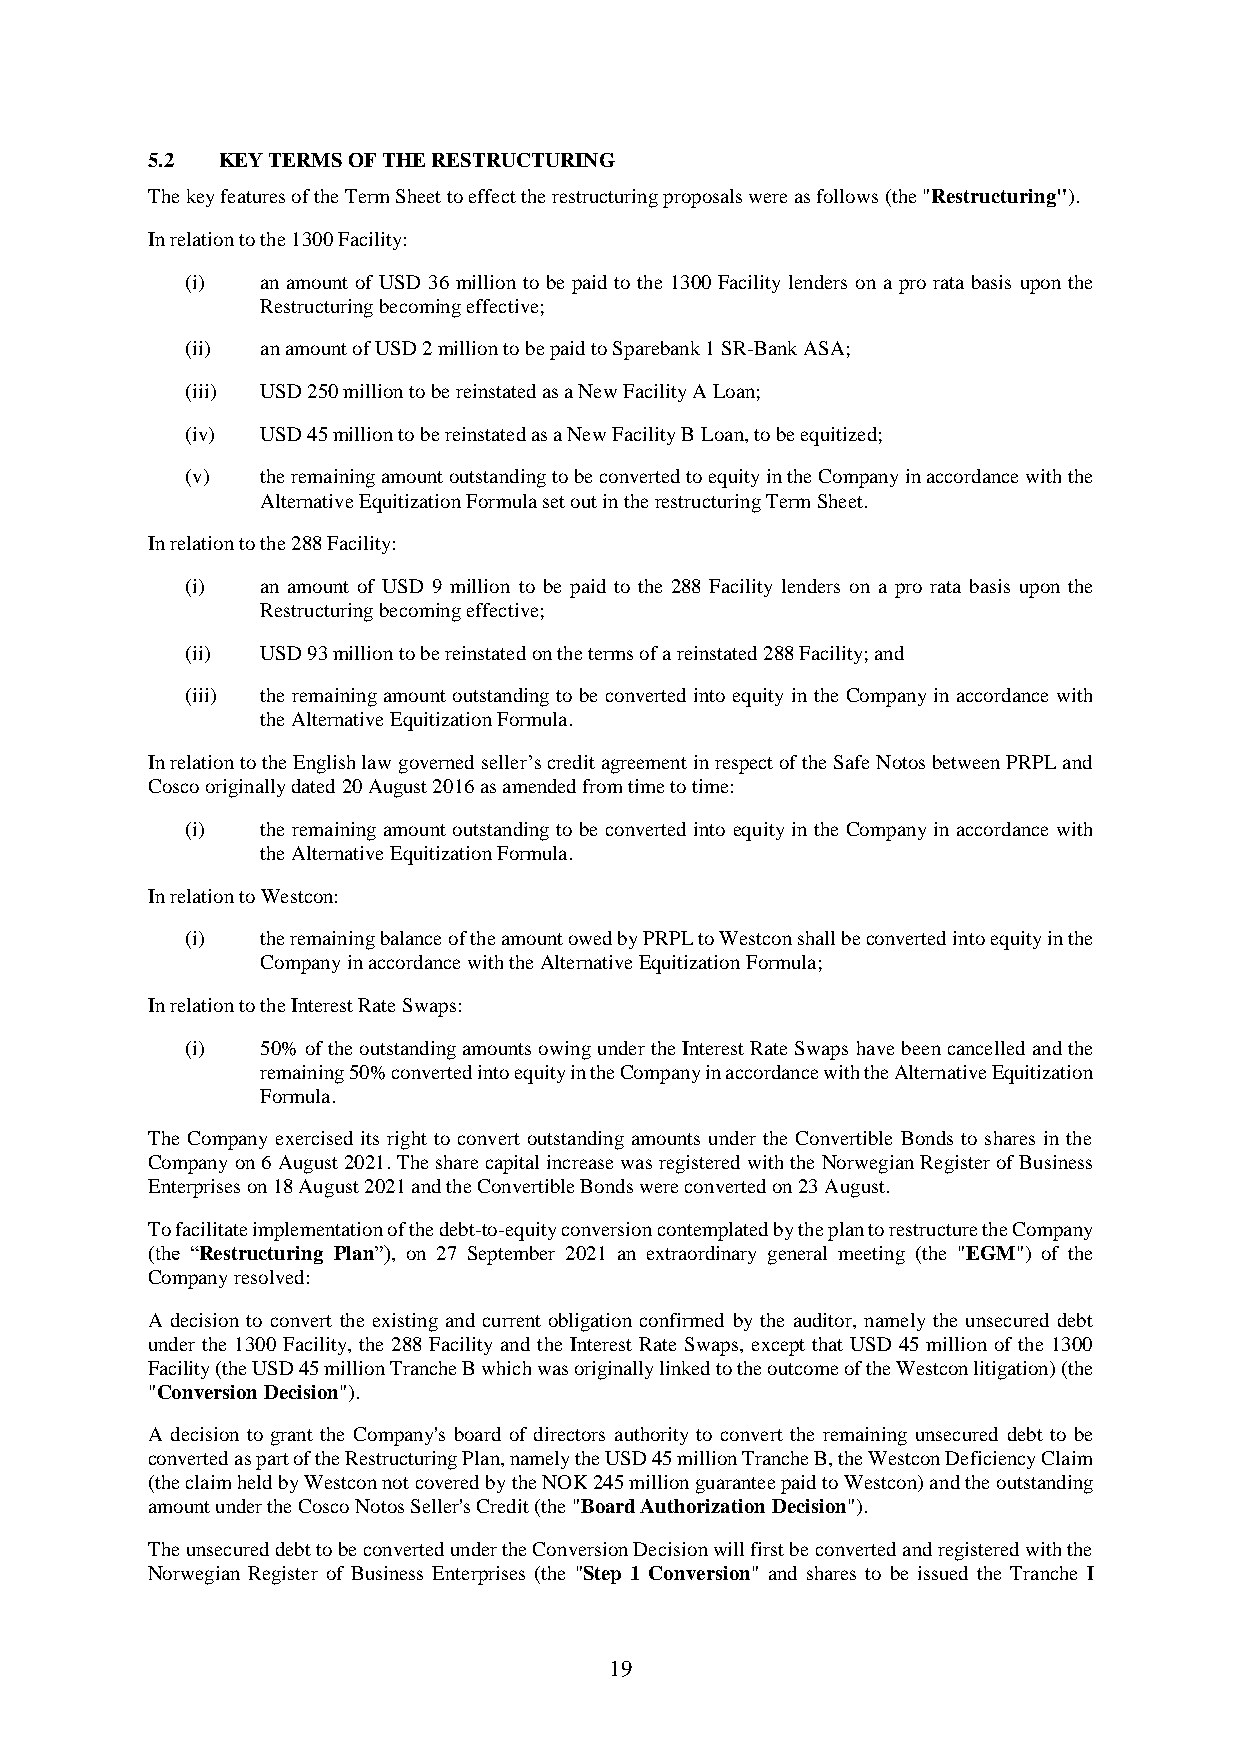
5.2 KEY TERMS OF THE RESTRUCTURING
 The key features of the Term Sheet to effect the restructuring proposals were as follows (the "Restructuring").
 In relation to the 1300 Facility:
 (i)  an amount of USD 36 million to be paid to the 1300 Facility lenders on a pro rata basis upon the
 Restructuring becoming effective;
 (ii) an amount of USD 2 million to be paid to Sparebank 1 SR-Bank ASA;
 (iii) USD 250 million to be reinstated as a New Facility A Loan;
 (iv) USD 45 million to be reinstated as a New Facility B Loan, to be equitized;
 (v)  the remaining amount outstanding to be converted to equity in the Company in accordance with the
 Alternative Equitization Formula set out in the restructuring Term Sheet.
 In relation to the 288 Facility:
 (i)  an amount of USD 9 million to be paid to the 288 Facility lenders on a pro rata basis upon the
 Restructuring becoming effective;
 (ii) USD 93 million to be reinstated on the terms of a reinstated 288 Facility; and
 (iii) the remaining amount outstanding to be converted into equity in the Company in accordance with
 the Alternative Equitization Formula.
 In relation to the English law governed seller’s credit agreement in respect of the Safe Notos between PRPL and
 Cosco originally dated 20 August 2016 as amended from time to time:
 (i)  the remaining amount outstanding to be converted into equity in the Company in accordance with
 the Alternative Equitization Formula.
 In relation to Westcon:
 (i)  the remaining balance of the amount owed by PRPL to Westcon shall be converted into equity in the
 Company in accordance with the Alternative Equitization Formula;
 In relation to the Interest Rate Swaps:
 (i)  50% of the outstanding amounts owing under the Interest Rate Swaps have been cancelled and the
 remaining 50% converted into equity in the Company in accordance with the Alternative Equitization
 Formula.
 The Company exercised its right to convert outstanding amounts under the Convertible Bonds to shares in the
 Company on 6 August 2021. The share capital increase was registered with the Norwegian Register of Business
 Enterprises on 18 August 2021 and the Convertible Bonds were converted on 23 August.
 To facilitate implementation of the debt-to-equity conversion contemplated by the plan to restructure the Company
 (the “Restructuring Plan”), on 27 September 2021 an extraordinary general meeting (the "EGM") of the
 Company resolved:
 A decision to convert the existing and current obligation confirmed by the auditor, namely the unsecured debt
 under the 1300 Facility, the 288 Facility and the Interest Rate Swaps, except that USD 45 million of the 1300
 Facility (the USD 45 million Tranche B which was originally linked to the outcome of the Westcon litigation) (the
 "Conversion Decision").
 A decision to grant the Company's board of directors authority to convert the remaining unsecured debt to be
 converted as part of the Restructuring Plan, namely the USD 45 million Tranche B, the Westcon Deficiency Claim
 (the claim held by Westcon not covered by the NOK 245 million guarantee paid to Westcon) and the outstanding
 amount under the Cosco Notos Seller's Credit (the "Board Authorization Decision").
 The unsecured debt to be converted under the Conversion Decision will first be converted and registered with the
 Norwegian Register of Business Enterprises (the "Step 1 Conversion" and shares to be issued the Tranche I
 19